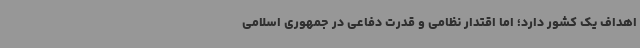
اهداف یک کشور دارد؛ اما اقتدار نظامی و قدرت دفاعی در جمهوری اسلامی